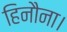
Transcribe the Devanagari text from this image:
हिनौना।